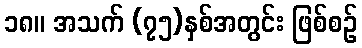
၁၈။ အသက် (၇၅)နှစ်အတွင်း ဖြစ်စဉ်